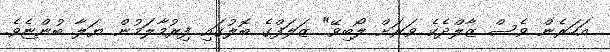
އަހަރެން ވެސް ޒާލްދެކެ ވަރަށް ލޯބިވޭ" ޒަލަފްގެ ބޮލުގައި ފިރުމާލަމުން ޔަލާ ބުންޏެވެ.